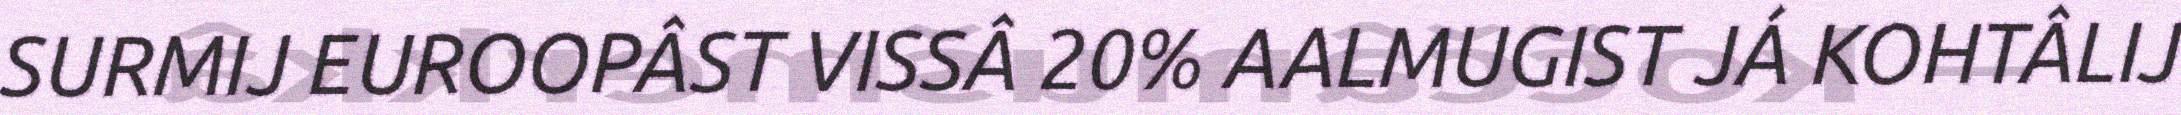
SURMIJ EUROOPÂST VISSÂ 20% AALMUGIST JÁ KOHTÂLIJ